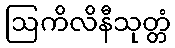
ဩကိလိနီသုတ္တံ